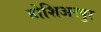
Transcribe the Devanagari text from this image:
होशिअरपुर